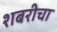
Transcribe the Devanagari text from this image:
शबरीचा